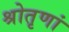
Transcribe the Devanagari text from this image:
श्रोतृणां